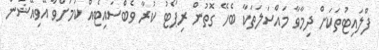
ފްލައިޓުތަކަށް ދިމާވާ މައްސަލަތަކާ ބެހޭ ގޮތުން ރިޕޯޓު ކުރާ ވެބްސައިޓެއް ކަމަށްވާ އޭވިއޭޝަން